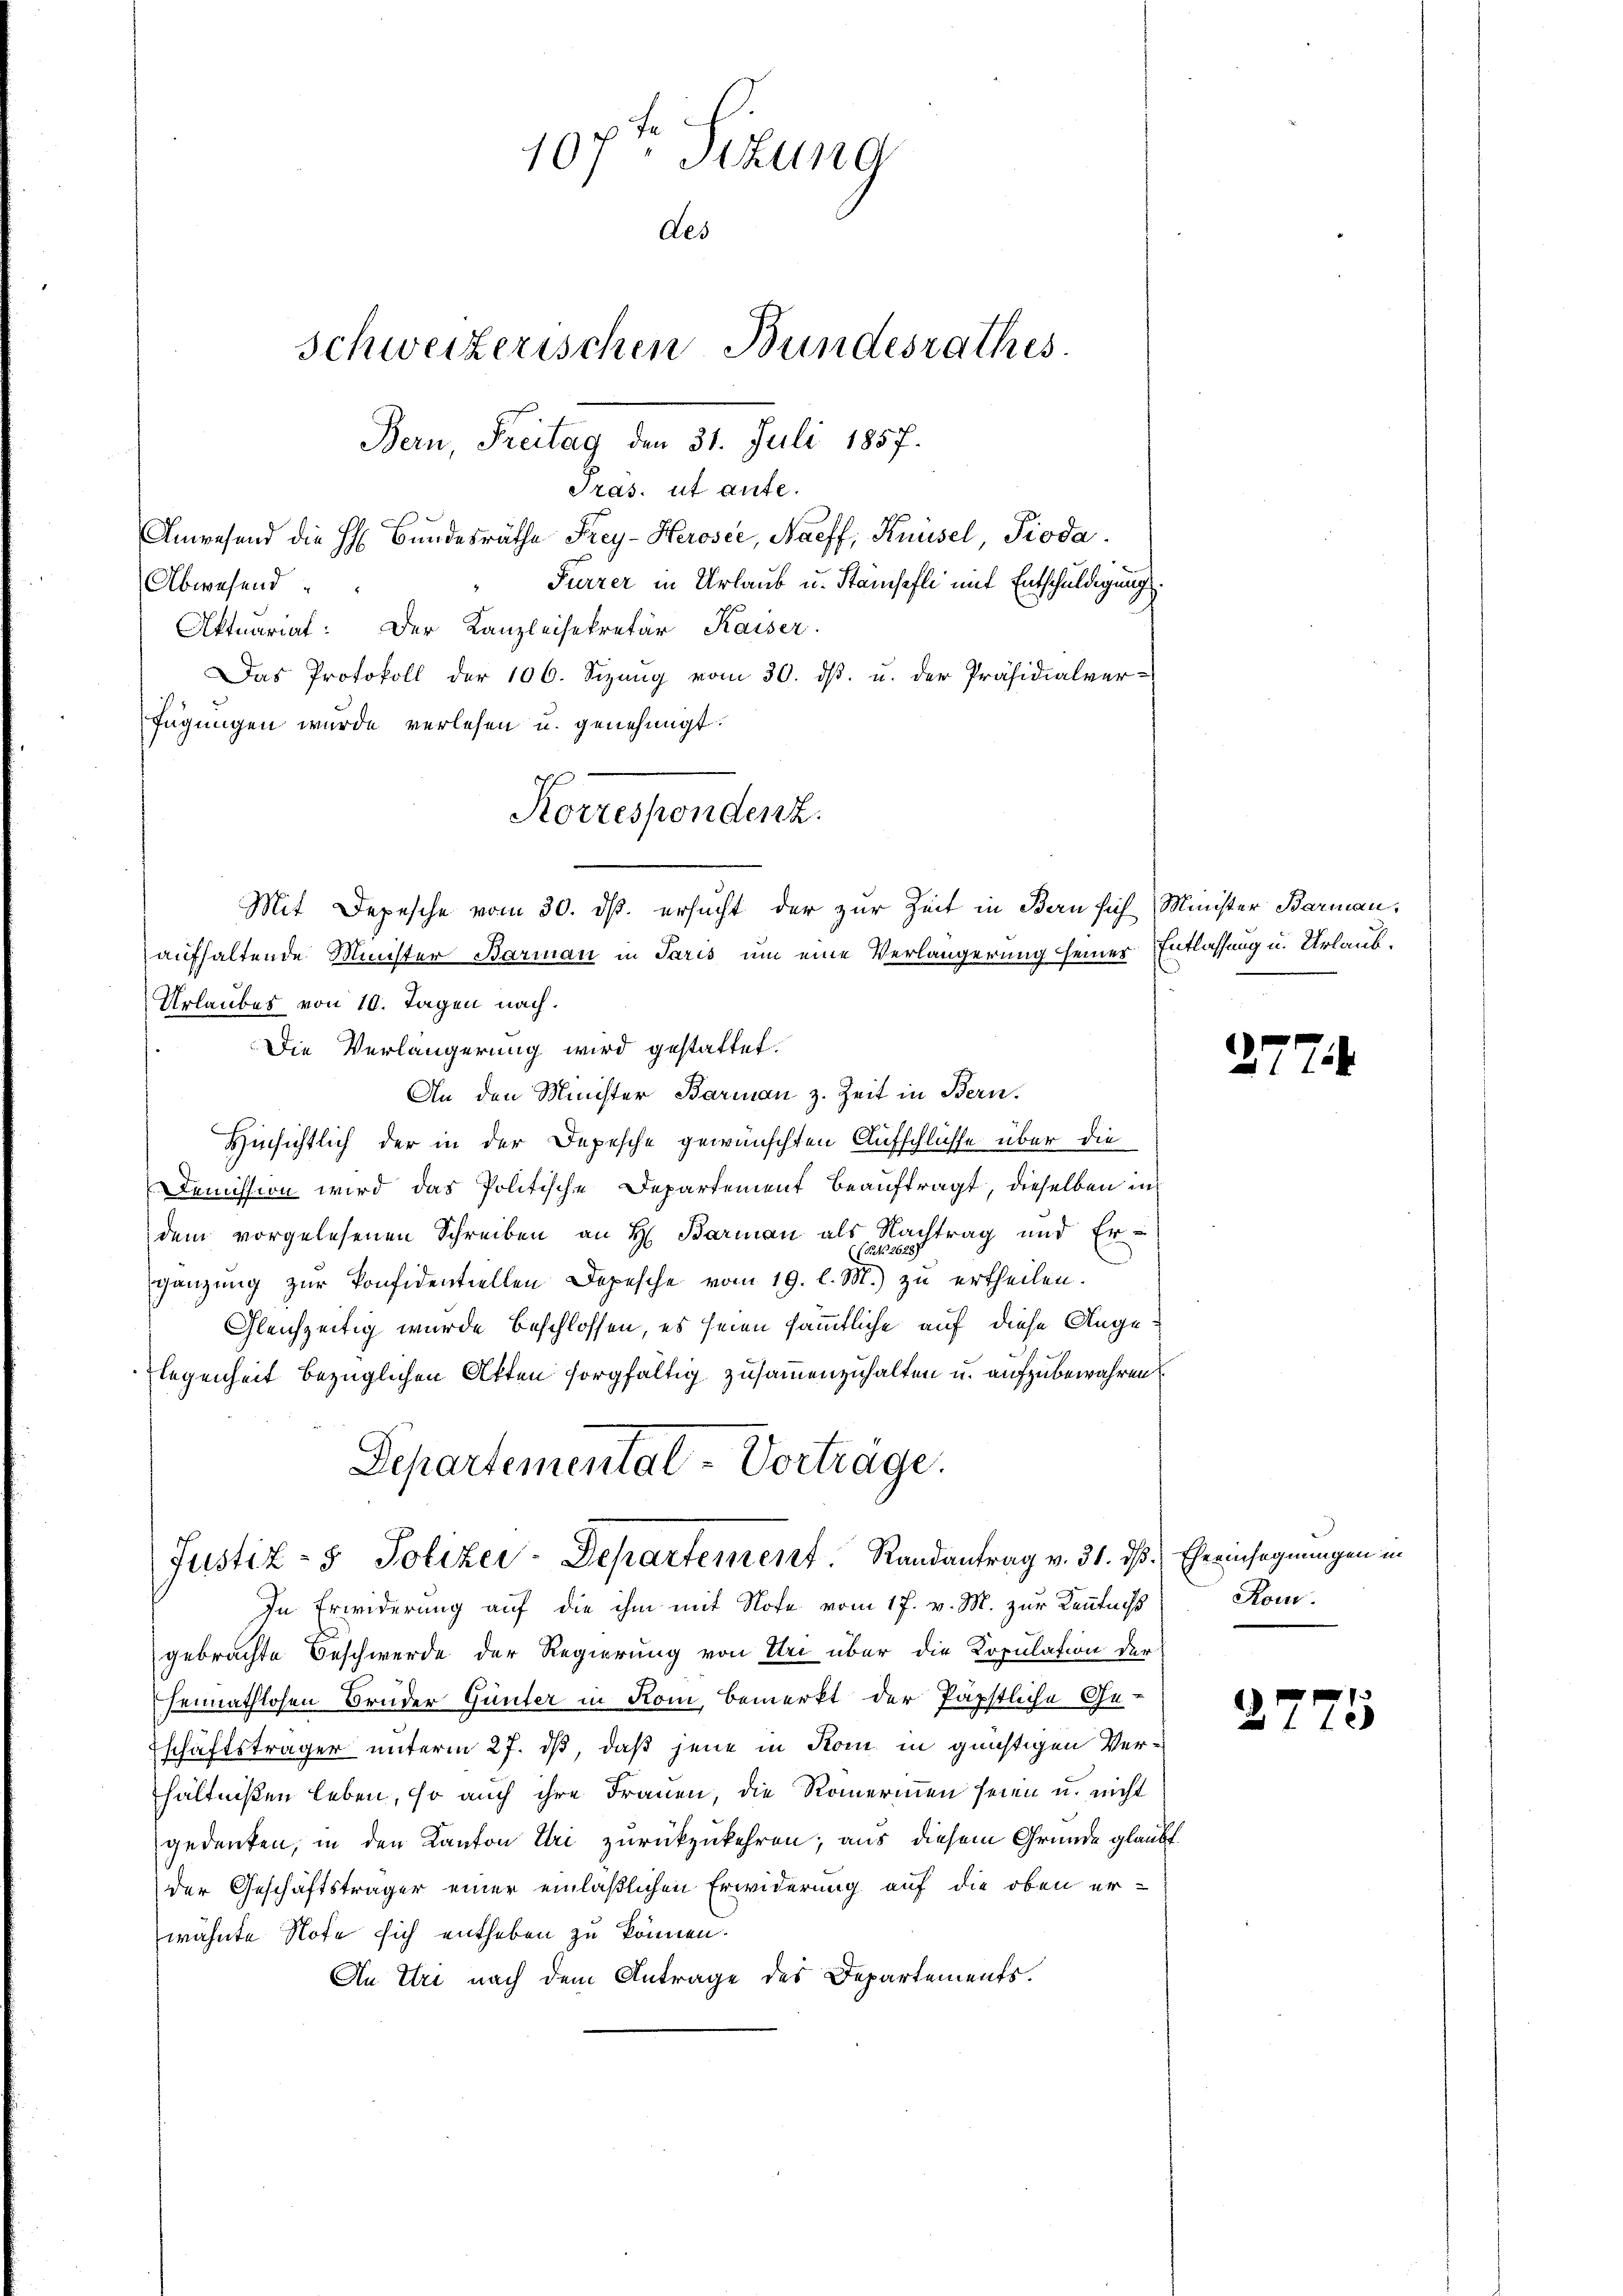
fe
107. Sitzung
des
schweizerischen Bundesrathes
Bern, Freitag den 31. Juli 1857.

Präs. ut ante.
Anwesend die H. Bŭndesräthe Frey-Heroser, Naeff, Knüsel Pioda.
Furrer in Urlaub u. Stämchefli mit Entschuldigung
Abwesend
Aktuariat: Der Kanzleisekretär Kaiser.
Das Protokoll der 106. Sizung vom 30. dβ. u. der Präsidialver-
fügungen wurde verlesen u. genehmigt.
aufhaltende Minister Barman in Paris um eine Verlängerung seiner Entlassung u. Urlaub¬
Urlaubes von 10. Tagen nach.
Die Verlängerung wird gestattet.
An den Minister Barmann z. Zeit in Bern.
Hinsichtlich der in der Depesche gewünschten Aufschlüsse über die
Demission wird das Politische Departement beauftragt, dieselben in
dem vorgelesenen Schreiben an H. Barman als Nachtrag und Er-
((P. Nr. 2628)
gänzŭng zŭr Konfidentiellen Depesche vom 19. l. M.) zŭ ertheilen.
Gleichzeitig wurde beschlossen, es seien sämmtliche auf diese Angelegenheit bezüglichen Atten sorgfältig zusammenzuhalten u. aufzubewahren
Departemental-Vorträge.

Korrespondenz.
Mit Depesche vom 30. ds. ersucht der zur Zeit in Bern sich Minister Barman,

Justiz- & Polizei-Departement. Randantrag v. 31. dß. Eheeinsegnungen in

In Erwiderung auf die ihm mit Note vom 17. v. M. zur Kenntniß
gebrachte Beschwerde der Regierung von Uri über die Kopulation der
heimathlosen Bruder Günter in Rom, bemerkt der Päpstliche Ge-
schäftsträger unterm 27. ds, daß jene in Kom in günstigen Verhältnißen leben, so auch ihre Frauen, die Romerinnen seien u. nicht
gedenken, in den Kanton Uri zurückzukehren; aus diesem Grunde glaubt.
der Geschäftsträger einer einläßlichen Erwiderung auf die oben er-
wähnte Note sich entheben zu können.
An Uri nach dem Antrage des Departements.

1

1

2

Rom.

7

5